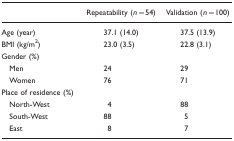
|  | Repeatability (n=54) | Validation (n=100) |
 | --- | --- | --- |
 | Age (year) | 37.1 (14.0) | 37.5 (13.9) |
 | BMI (kg/m2) | 23.0 (3.5) | 22.8 (3.1) |
 | <COLSPAN=3> Gender (%) |
 | Men | 24 | 29 |
 | Women | 76 | 71 |
 | <COLSPAN=3> Place of residence (%) |
 | North-West | 4 | 88 |
 | South-West | 88 | 5 |
 | East | 8 | 7 |